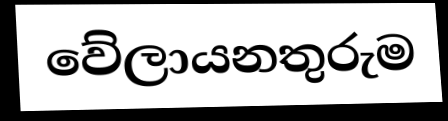
වේලායනතුරුම